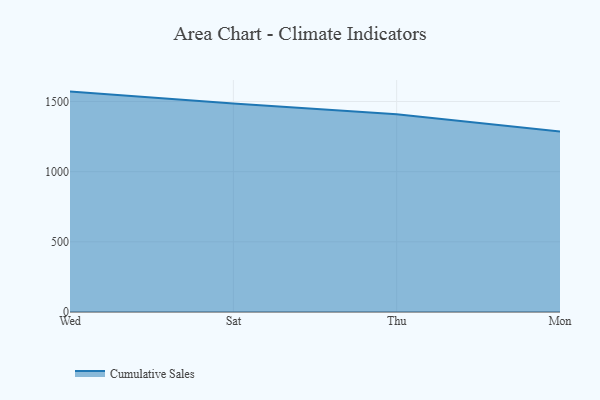
{"axis": {"x": "Day", "y": "Market Share (%)"}, "legend": ["Cumulative Sales"], "data": [{"x": "Wed", "y": 1570.5, "type": "Cumulative Sales"}, {"x": "Sat", "y": 1485.7, "type": "Cumulative Sales"}, {"x": "Thu", "y": 1409.1, "type": "Cumulative Sales"}, {"x": "Mon", "y": 1285.8, "type": "Cumulative Sales"}]}